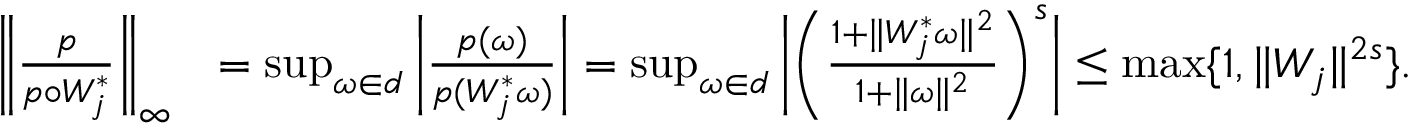
\begin{array} { r l } { \bigg \Vert \frac { p } { p \circ W _ { j } ^ { * } } \bigg \Vert _ { \infty } } & { = \operatorname* { s u p } _ { \omega \in \r { d } } \bigg \vert \frac { p ( \omega ) } { p ( W _ { j } ^ { * } \omega ) } \bigg \vert = \operatorname* { s u p } _ { \omega \in \r { d } } \bigg \vert \bigg ( \frac { 1 + \Vert W _ { j } ^ { * } \omega \Vert ^ { 2 } } { 1 + \Vert \omega \Vert ^ { 2 } } \bigg ) ^ { s } \bigg \vert \le \operatorname* { m a x } \{ 1 , \Vert W _ { j } \Vert ^ { 2 s } \} . } \end{array}